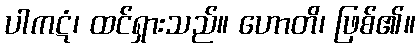
ပါကဋံ၊ ထင်ရှားသည်။ ဟောတိ၊ ဖြစ်၏။